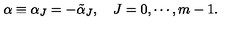
\alpha \equiv \alpha _ { J } = - \tilde { \alpha } _ { J } , \quad J = 0 , \cdots , m - 1 .